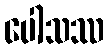
ပေါသဿ